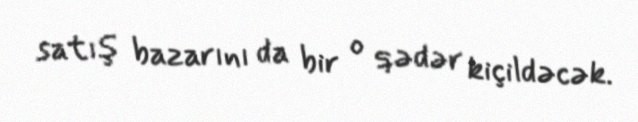
satış bazarını da bir o qədər kiçildəcək.